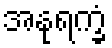
အနုရက္ခံ